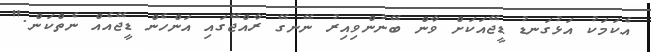
އެކަމަކު އަޅުގަނޑު ޑީޖޭއަކަށް ވާން ބޭނުންވިއިރު ނޭނގޭ ރާއްޖޭގައި އަންހެން ޑީޖޭއެއް ނެތްކަން."